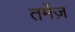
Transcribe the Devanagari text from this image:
तर्मेज़